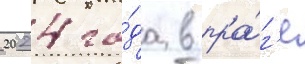
2024 го́да в пра́г'е